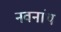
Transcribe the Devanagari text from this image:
नवनांथ